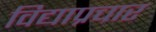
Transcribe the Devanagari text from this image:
विद्याप्रचार